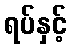
ရပ်နှင့်